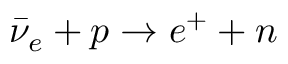
\bar { \nu } _ { e } + p \to e ^ { + } + n